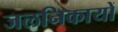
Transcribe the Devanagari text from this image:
जलनिकायों